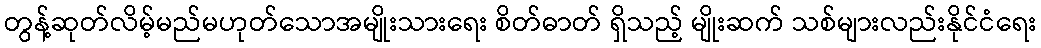
တွန့်ဆုတ်လိမ့်မည်မဟုတ်သောအမျိုးသားရေး စိတ်ဓာတ် ရှိသည့် မျိုးဆက် သစ်များလည်းနိုင်ငံရေး